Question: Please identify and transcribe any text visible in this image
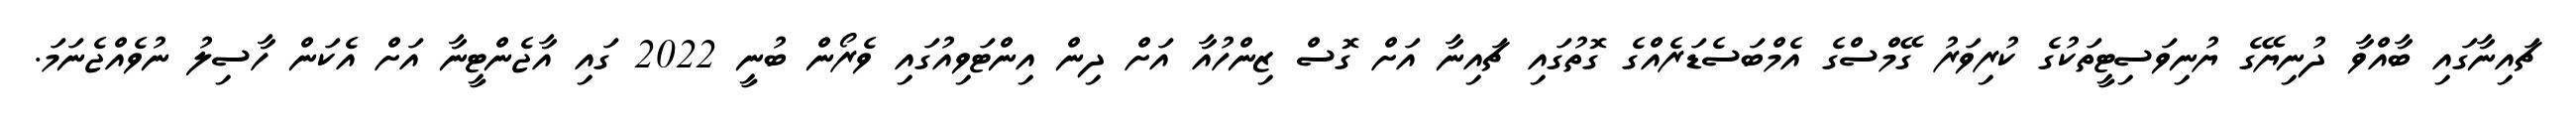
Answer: ޗައިނާގައި ބާއްވާ ދުނިޔޭގެ ޔުނިވަސިޓީތަކުގެ ކުރިވަރު ގޭމްސްގެ އެމްބަސެޑަރެއްގެ ގޮތުގައި ޗައިނާ އަށް ގޮސް ޒިންހުއާ އަށް ދިން އިންޓަވިއުގައި ވެރޯން ބުނީ 2022 ގައި އާޖެންޓީނާ އަށް އެކަން ހާސިލު ނުވެއްޖެނަމަ.